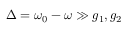
\Delta = \omega _ { 0 } - \omega \gg g _ { 1 } , g _ { 2 }